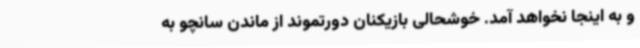
و به اینجا نخواهد آمد. خوشحالی بازیکنان دورتموند از ماندن سانچو به